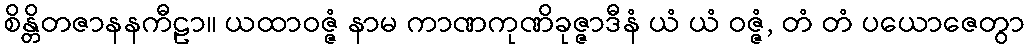
စိန္တိတဇာနနကီဠာ။ ယထာဝဇ္ဇံ နာမ ကာဏကုဏိခုဇ္ဇာဒီနံ ယံ ယံ ဝဇ္ဇံ, တံ တံ ပယောဇေတွာ